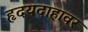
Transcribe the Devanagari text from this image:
हृदयदाहावर